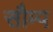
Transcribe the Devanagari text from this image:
सौम्प